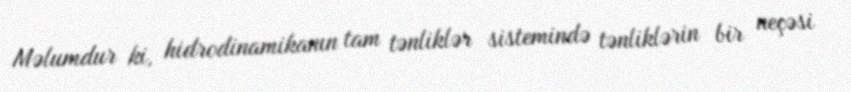
Məlumdur ki, hidrodinamikanın tam tənliklər sistemində tənliklərin bir neçəsi